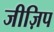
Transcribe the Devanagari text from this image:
जीज़िप